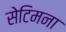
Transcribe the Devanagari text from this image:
सेटिमना